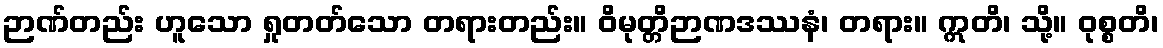
ဉာဏ်တည်း ဟူသော ရှုတတ်သော တရားတည်း။ ဝိမုတ္တိဉာဏဒဿနံ၊ တရား။ ဣတိ၊ သို့။ ဝုစ္စတိ၊